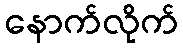
နောက်လိုက်